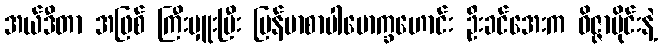
အယ်ဒီတာ အဖြစ် ကြီးမှူးပြီး မြန်မာစာပါမောက္ခဟောင်း ဦးခင်အေးက ဝိဇ္ဇာပိုင်းနဲ့